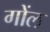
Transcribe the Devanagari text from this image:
गोंल